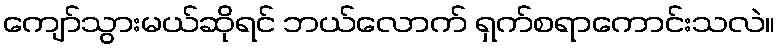
ကျော်သွားမယ်ဆိုရင် ဘယ်လောက် ရှက်စရာကောင်းသလဲ။